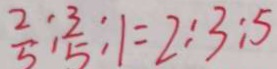
\frac { 2 } { 5 } : \frac { 3 } { 5 } : 1 = 2 : 3 : 5